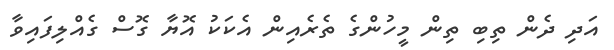
އަދި ދެން ތިބި ތިން މީހުންގެ ތެރެއިން އެކަކު އޮޔާ ގޮސް ގެއްލިފައިވާ